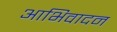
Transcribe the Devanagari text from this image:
आभिवादन